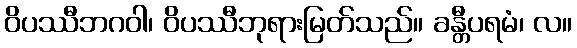
ဝိပဿီဘဂဝါ၊ ဝိပဿီဘုရားမြတ်သည်။ ခန္တီပရမံ၊ လ။